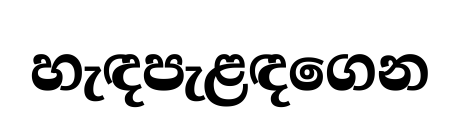
හැඳපැළඳගෙන